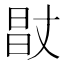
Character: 𰖊